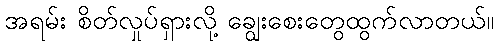
အရမ်း စိတ်လှုပ်ရှားလို့ ချွေးစေးတွေထွက်လာတယ်။